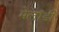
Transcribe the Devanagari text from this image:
मेलॉडी